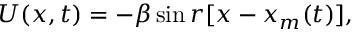
U ( x , t ) = - \beta \sin { r [ x - x _ { m } ( t ) ] } ,